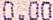
0.00